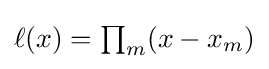
{\textstyle \ell (x)=\prod _{m}(x-x_{m})}